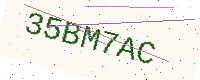
Text: 35BM7AC